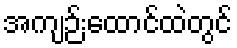
အကျဉ်းထောင်ထဲတွင်